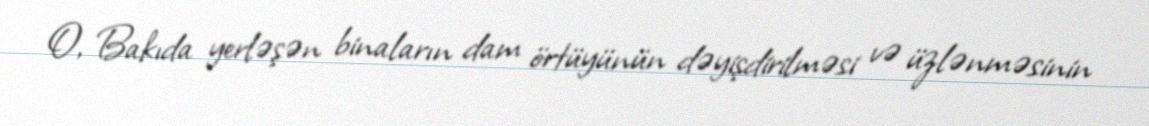
O, Bakıda yerləşən binaların dam örtüyünün dəyişdirilməsi və üzlənməsinin